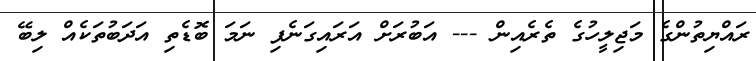
ރައްޔިތުންގެ މަޖިލީހުގެ ތެރެއިން --- އަބުރަށް އަރައިގަނެފި ނަމަ ބޮޑެތި އަދަބުތަކެއް ލިބޭ